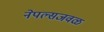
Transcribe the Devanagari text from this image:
नेपल्सजवळ